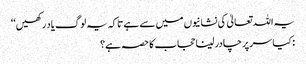
یہ اللہ تعالیٰ کی نشانیوں میں سے ہے تاکہ یہ لوگ یاد رکھیں‘‘
: کیا سر پر چادر لینا حجاب کا حصہ ہے؟